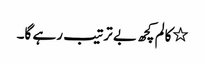
٭کالم کچھ بے ترتیب رہے گا۔